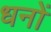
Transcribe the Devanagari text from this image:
धनों